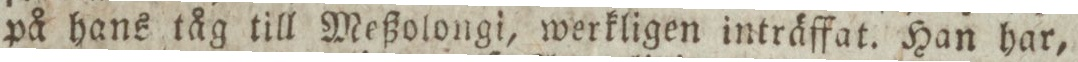
på hans tåg till Meßolongi, werkligen inträffat. Han har,